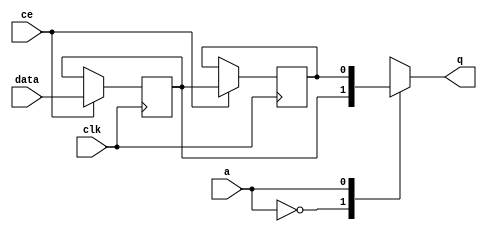
// ==============================================================
// File generated by Vivado(TM) HLS - High-Level Synthesis from C, C++ and SystemC
// Version: 2018.2
// Copyright (C) 1986-2018 Xilinx, Inc. All Rights Reserved.
// 
// ==============================================================


`timescale 1 ns / 1 ps

module start_for_zeropad2d_cl_array_array_ap_fixed_1u_config12_U0_shiftReg (
    clk,
    data,
    ce,
    a,
    q);

parameter DATA_WIDTH = 32'd1;
parameter ADDR_WIDTH = 32'd1;
parameter DEPTH = 2'd2;

input clk;
input [DATA_WIDTH-1:0] data;
input ce;
input [ADDR_WIDTH-1:0] a;
output [DATA_WIDTH-1:0] q;

reg[DATA_WIDTH-1:0] SRL_SIG [0:DEPTH-1];
integer i;

always @ (posedge clk)
    begin
        if (ce)
        begin
            for (i=0;i<DEPTH-1;i=i+1)
                SRL_SIG[i+1] <= SRL_SIG[i];
            SRL_SIG[0] <= data;
        end
    end

assign q = SRL_SIG[a];

endmodule

module start_for_zeropad2d_cl_array_array_ap_fixed_1u_config12_U0 (
    clk,
    reset,
    if_empty_n,
    if_read_ce,
    if_read,
    if_dout,
    if_full_n,
    if_write_ce,
    if_write,
    if_din);

parameter MEM_STYLE   = "shiftreg";
parameter DATA_WIDTH  = 32'd1;
parameter ADDR_WIDTH  = 32'd1;
parameter DEPTH       = 2'd2;

input clk;
input reset;
output if_empty_n;
input if_read_ce;
input if_read;
output[DATA_WIDTH - 1:0] if_dout;
output if_full_n;
input if_write_ce;
input if_write;
input[DATA_WIDTH - 1:0] if_din;

wire[ADDR_WIDTH - 1:0] shiftReg_addr ;
wire[DATA_WIDTH - 1:0] shiftReg_data, shiftReg_q;
wire                     shiftReg_ce;
reg[ADDR_WIDTH:0] mOutPtr = ~{(ADDR_WIDTH+1){1'b0}};
reg internal_empty_n = 0, internal_full_n = 1;

assign if_empty_n = internal_empty_n;
assign if_full_n = internal_full_n;
assign shiftReg_data = if_din;
assign if_dout = shiftReg_q;

always @ (posedge clk) begin
    if (reset == 1'b1)
    begin
        mOutPtr <= ~{ADDR_WIDTH+1{1'b0}};
        internal_empty_n <= 1'b0;
        internal_full_n <= 1'b1;
    end
    else begin
        if (((if_read & if_read_ce) == 1 & internal_empty_n == 1) && 
            ((if_write & if_write_ce) == 0 | internal_full_n == 0))
        begin
            mOutPtr <= mOutPtr - 2'd1;
            if (mOutPtr == 2'd0)
                internal_empty_n <= 1'b0;
            internal_full_n <= 1'b1;
        end 
        else if (((if_read & if_read_ce) == 0 | internal_empty_n == 0) && 
            ((if_write & if_write_ce) == 1 & internal_full_n == 1))
        begin
            mOutPtr <= mOutPtr + 2'd1;
            internal_empty_n <= 1'b1;
            if (mOutPtr == DEPTH - 2'd2)
                internal_full_n <= 1'b0;
        end 
    end
end

assign shiftReg_addr = mOutPtr[ADDR_WIDTH] == 1'b0 ? mOutPtr[ADDR_WIDTH-1:0]:{ADDR_WIDTH{1'b0}};
assign shiftReg_ce = (if_write & if_write_ce) & internal_full_n;

start_for_zeropad2d_cl_array_array_ap_fixed_1u_config12_U0_shiftReg 
#(
    .DATA_WIDTH(DATA_WIDTH),
    .ADDR_WIDTH(ADDR_WIDTH),
    .DEPTH(DEPTH))
U_start_for_zeropad2d_cl_array_array_ap_fixed_1u_config12_U0_ram (
    .clk(clk),
    .data(shiftReg_data),
    .ce(shiftReg_ce),
    .a(shiftReg_addr),
    .q(shiftReg_q));

endmodule